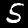
Digit: 5